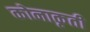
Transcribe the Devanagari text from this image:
कोनाकृती